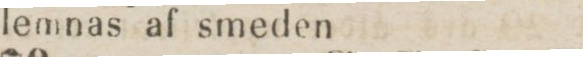
lemnas af smeden